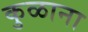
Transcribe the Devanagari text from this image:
कुळाना